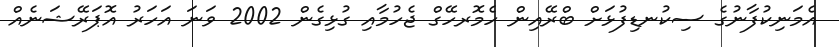
އެމަނިކުފާނުގެ ސިކުނޑިފުޅަށް ބްރޭއިން ހެމޮރހޭގް ޖެހުމާއި ގުޅިގެން 2002 ވަނަ އަހަރު އޮޕަރޭޝަނެއް